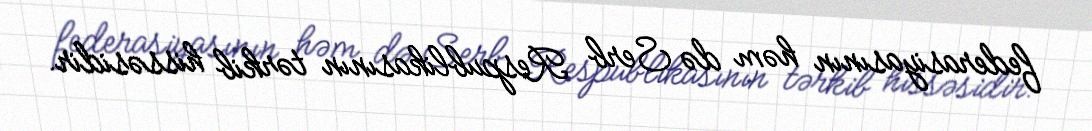
federasiyasının həm də Serb Respublikasının tərkib hissəsidir.